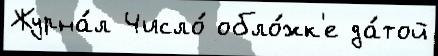
Журна́л Число́ обло́жк'е да́той